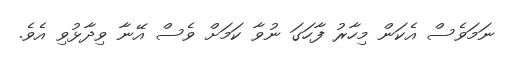
ނަމަވެސް އެކަން މިހާރު ފާހަގަ ނުވާ ކަމަށް ވެސް އޭނާ ވިދާޅުވި އެވެ.